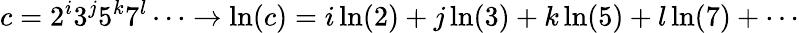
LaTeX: c=2^{i}3^{j}5^{k}7^{l}\cdots\rightarrow\ln(c)=i\ln(2)+j\ln(3)+k\ln(5)+l\ln(7)+\cdots